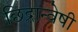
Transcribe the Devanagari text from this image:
छिद्रान्वेषी